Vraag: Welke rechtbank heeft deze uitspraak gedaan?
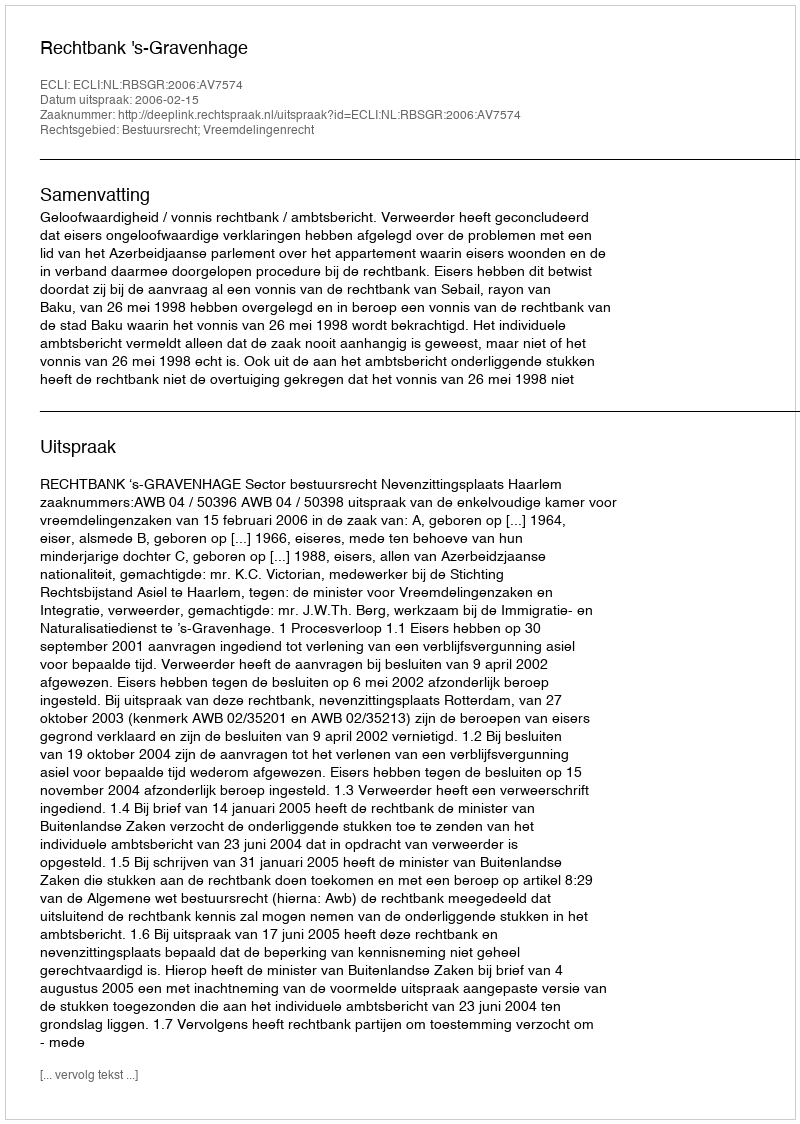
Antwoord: Rechtbank 's-Gravenhage